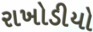
રાખોડીયો